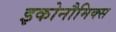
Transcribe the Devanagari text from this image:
इकोनौमिक्स